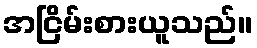
အငြိမ်းစားယူသည်။